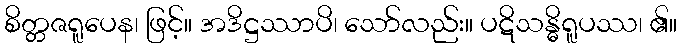
စိတ္တဇရူပေန၊ ဖြင့်။ အဒိဋ္ဌဿာပိ၊ သော်လည်း။ ပဋိသန္ဓိရူပဿ၊ ၏။